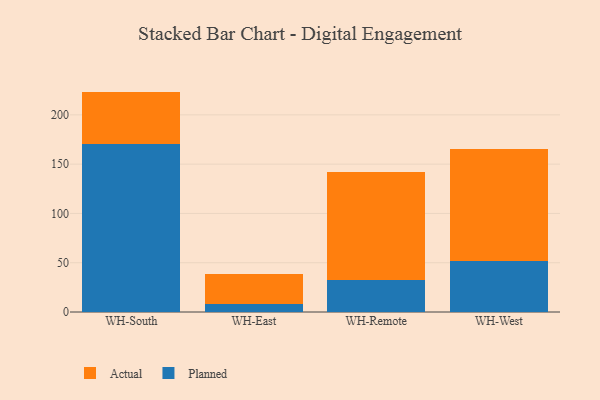
{"axis": {"x": "Warehouse", "y": "Satisfaction Score"}, "legend": ["Actual", "Planned"], "data": [{"x": "WH-South", "y": 170.3, "type": "Planned"}, {"x": "WH-South", "y": 53.3, "type": "Actual"}, {"x": "WH-East", "y": 8.6, "type": "Planned"}, {"x": "WH-East", "y": 29.8, "type": "Actual"}, {"x": "WH-Remote", "y": 32.3, "type": "Planned"}, {"x": "WH-Remote", "y": 109.5, "type": "Actual"}, {"x": "WH-West", "y": 52.1, "type": "Planned"}, {"x": "WH-West", "y": 112.8, "type": "Actual"}]}